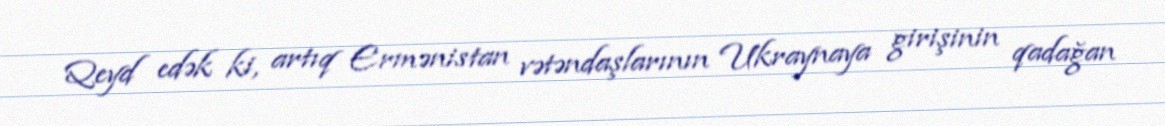
Qeyd edək ki, artıq Ermənistan vətəndaşlarının Ukraynaya girişinin qadağan